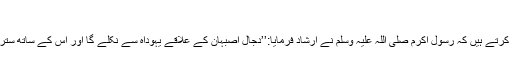
)
انس رضی اللہ عنہ بیان کرتے ہیں کہ رسول اکرم صلی اللہ علیہ وسلم نے ارشاد فرمایا:’’دجال اصبہان کے علاقے یہوداہ سے نکلے گا اور اس کے ساتھ ستر ہزار یہودی ہوں گے‘‘۔